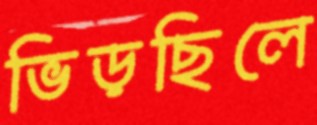
ভিড়ছিলে